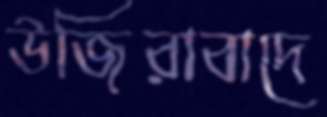
উজিরাবাদে